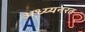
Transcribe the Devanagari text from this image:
अध्य्यनरत